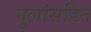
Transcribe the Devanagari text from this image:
मुलांसहित